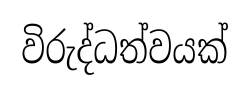
විරුද්ධත්වයක්